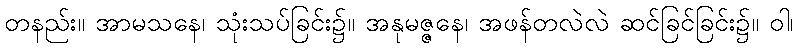
တနည်း။ အာမသနေ၊ သုံးသပ်ခြင်း၌။ အနုမဇ္ဇနေ၊ အဖန်တလဲလဲ ဆင်ခြင်ခြင်း၌။ ဝါ၊